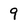
Character: 9